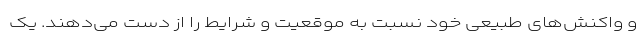
و واکنش‌های طبیعی خود نسبت به موقعیت و شرایط را از دست می‌دهند. یک